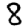
Digit: 8